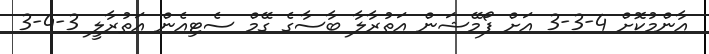
އާންމުކޮށް 4-3-3 އަށް ފޯމޭޝަން އަތުރާލާ ބާސާގެ ގޭމް ސެޓިއެން އަތުރާލީ 3-4-3